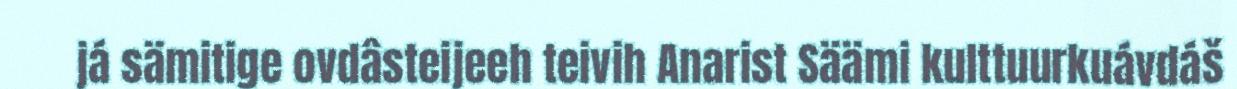
já sämitige ovdâsteijeeh teivih Anarist Säämi kulttuurkuávdáš